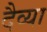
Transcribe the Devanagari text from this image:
दैव्या